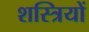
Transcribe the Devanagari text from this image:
शस्त्रियों